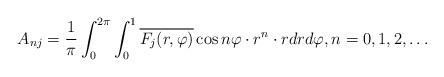
LaTeX: \begin{align*}A_{nj}=\frac{1}{\pi}\int_0^{2\pi}\int_0^1 \overline{F_j(r,\varphi)}\cos n\varphi\cdot r^n\cdot rdrd\varphi,n=0, 1, 2,\ldots\end{align*}